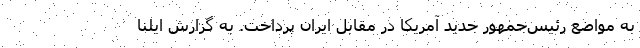
به مواضع رئیس‌جمهور جدید آمریکا در مقابل ایران پرداخت. به گزارش ایلنا